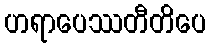
ဟရာပေဿတီတိပေ